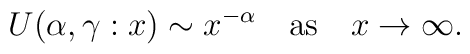
U(\alpha,\gamma:x) \sim x^{-\alpha} \quad \mbox{as} \quad x \to \infty.